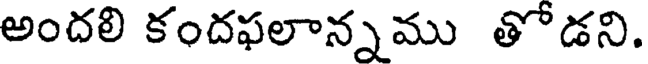
అందలి కందఫలాన్నము తోడని.